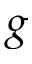
g